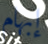
إبهام